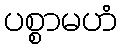
ပစ္စာမဟံ